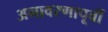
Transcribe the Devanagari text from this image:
अनावरणापूर्वी